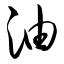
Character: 油